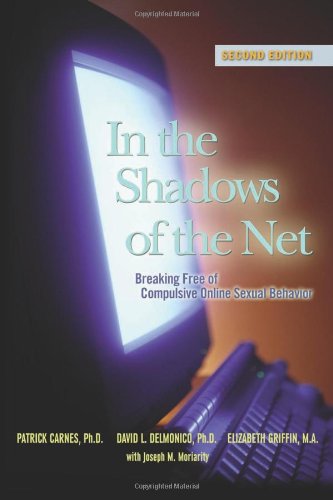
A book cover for In the Shadows of the Net: Breaking Free of Compulsive Online Sexual Behavior; Patrick J. Carnes Ph.D.; Health, Fitness & Dieting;